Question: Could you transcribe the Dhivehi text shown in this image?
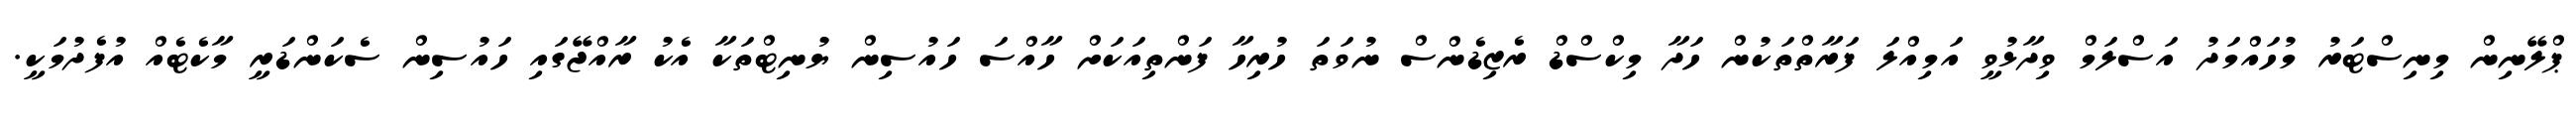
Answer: ޕްލޭނިން މިނިސްޓަރު މުހައްމަދު އަސްލަމް ވިދާޅުވީ އަމިއްލަ ފަރާތްތަކުން ހަދާ މިކްސްޑް ރެޒިޑެންސް ނުވަތަ ހުރިހާ ފަންތިއަކަށް ހާއްސަ ހައުސިން ޔުނިޓްތަކާ އެކު ރާއްޖޭގައި ހައުސިން ސެކަންޑަރީ މާކެޓެއް އުފެދުމަކީ.